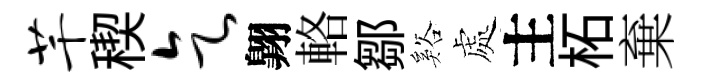
芊稧乞翺輅鄒谿處主柘棄